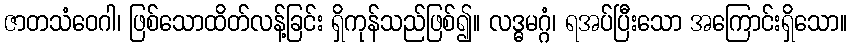
ဇာတသံဝေဂါ၊ ဖြစ်သောထိတ်လန့်ခြင်း ရှိကုန်သည်ဖြစ်၍။ လဒ္ဓမဂ္ဂံ၊ ရအပ်ပြီးသော အကြောင်းရှိသော။